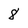
Character: 8